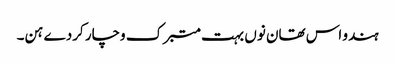
ہندو اس تھان نوں بہت متبرک وچار کردے ہن۔